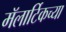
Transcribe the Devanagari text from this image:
मॅलार्टिकच्या